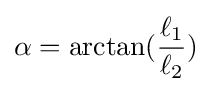
\alpha =\arctan({\frac {\ell _{1}}{\ell _{2}}})